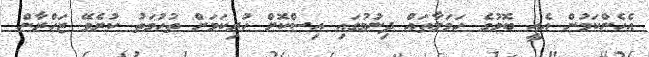
އެހެންކަމުން އެއީ ބޮމުގެ ހަމަލާތައް ދިނުމުގައި އިސްކޮށް ހުރިކަމަށް ތުހުމަތު ކުރެވޭ ޒަހްރާން